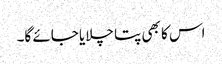
اس کا بھی پتا چلایا جائے گا۔